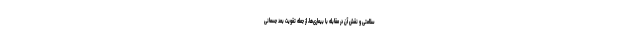
سلامتی و نقش آن در مقابله با بیماری‌ها، از جمله تقویت بُعد جسمانی